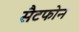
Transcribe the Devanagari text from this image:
सैटफोन